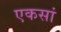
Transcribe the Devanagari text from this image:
एकसां